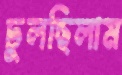
ঢুলছিলাম